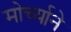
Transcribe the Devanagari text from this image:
मोर्च्याने